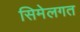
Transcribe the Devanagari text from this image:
सिमेलगत